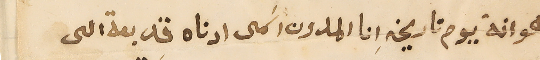
هو انة يوم تاريخهِ انا المدون اسَمى ادناه قد بعة الى